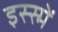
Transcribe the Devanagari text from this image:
इस्स्में